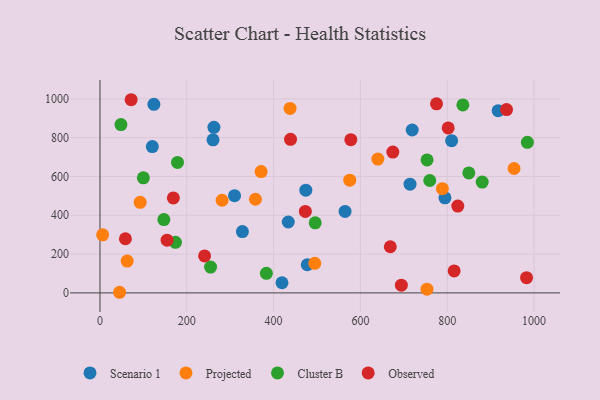
{"axis": {"x": "Study Hours", "y": "Rating"}, "legend": ["Cluster B", "Observed", "Projected", "Scenario 1"], "data": [{"x": "124.2", "y": 971.9, "type": "Scenario 1"}, {"x": "262.5", "y": 853.3, "type": "Scenario 1"}, {"x": "917.3", "y": 939.1, "type": "Scenario 1"}, {"x": "433.8", "y": 365.4, "type": "Scenario 1"}, {"x": "719.3", "y": 839.6, "type": "Scenario 1"}, {"x": "310.0", "y": 501.1, "type": "Scenario 1"}, {"x": "419.3", "y": 52.3, "type": "Scenario 1"}, {"x": "477.5", "y": 145.1, "type": "Scenario 1"}, {"x": "714.3", "y": 560.4, "type": "Scenario 1"}, {"x": "120.6", "y": 754.1, "type": "Scenario 1"}, {"x": "260.4", "y": 788.9, "type": "Scenario 1"}, {"x": "564.6", "y": 419.7, "type": "Scenario 1"}, {"x": "328.1", "y": 316.3, "type": "Scenario 1"}, {"x": "794.7", "y": 490.2, "type": "Scenario 1"}, {"x": "474.2", "y": 529.6, "type": "Scenario 1"}, {"x": "810.1", "y": 784.5, "type": "Scenario 1"}, {"x": "358.1", "y": 482.7, "type": "Projected"}, {"x": "494.8", "y": 152.2, "type": "Projected"}, {"x": "788.8", "y": 537.3, "type": "Projected"}, {"x": "371.2", "y": 625.3, "type": "Projected"}, {"x": "437.9", "y": 950.8, "type": "Projected"}, {"x": "953.9", "y": 641.2, "type": "Projected"}, {"x": "281.3", "y": 477.5, "type": "Projected"}, {"x": "92.6", "y": 467.0, "type": "Projected"}, {"x": "753.3", "y": 19.4, "type": "Projected"}, {"x": "45.2", "y": 3.2, "type": "Projected"}, {"x": "6.1", "y": 299.4, "type": "Projected"}, {"x": "62.7", "y": 163.8, "type": "Projected"}, {"x": "640.1", "y": 689.6, "type": "Projected"}, {"x": "575.4", "y": 580.8, "type": "Projected"}, {"x": "495.8", "y": 361.2, "type": "Cluster B"}, {"x": "178.6", "y": 672.3, "type": "Cluster B"}, {"x": "147.2", "y": 377.7, "type": "Cluster B"}, {"x": "99.9", "y": 593.3, "type": "Cluster B"}, {"x": "984.6", "y": 776.0, "type": "Cluster B"}, {"x": "880.5", "y": 571.0, "type": "Cluster B"}, {"x": "48.3", "y": 867.5, "type": "Cluster B"}, {"x": "849.7", "y": 618.2, "type": "Cluster B"}, {"x": "836.0", "y": 969.0, "type": "Cluster B"}, {"x": "254.8", "y": 132.9, "type": "Cluster B"}, {"x": "753.5", "y": 685.4, "type": "Cluster B"}, {"x": "759.7", "y": 579.2, "type": "Cluster B"}, {"x": "173.9", "y": 260.5, "type": "Cluster B"}, {"x": "383.3", "y": 100.8, "type": "Cluster B"}, {"x": "815.9", "y": 113.1, "type": "Observed"}, {"x": "982.7", "y": 78.5, "type": "Observed"}, {"x": "936.6", "y": 944.6, "type": "Observed"}, {"x": "577.9", "y": 789.7, "type": "Observed"}, {"x": "674.6", "y": 725.9, "type": "Observed"}, {"x": "694.3", "y": 39.7, "type": "Observed"}, {"x": "154.6", "y": 271.6, "type": "Observed"}, {"x": "439.0", "y": 791.4, "type": "Observed"}, {"x": "824.3", "y": 447.6, "type": "Observed"}, {"x": "71.8", "y": 995.6, "type": "Observed"}, {"x": "668.8", "y": 237.9, "type": "Observed"}, {"x": "58.6", "y": 279.1, "type": "Observed"}, {"x": "775.3", "y": 974.4, "type": "Observed"}, {"x": "802.2", "y": 850.5, "type": "Observed"}, {"x": "169.0", "y": 489.3, "type": "Observed"}, {"x": "473.1", "y": 419.9, "type": "Observed"}, {"x": "241.0", "y": 190.3, "type": "Observed"}]}